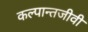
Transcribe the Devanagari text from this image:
कल्पान्तजीवी